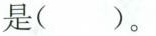
是()。